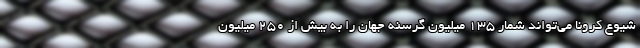
شیوع کرونا می‌تواند شمار 135 میلیون گرسنه جهان را به بیش از 250 میلیون